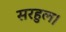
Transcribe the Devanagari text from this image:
सरहुल।